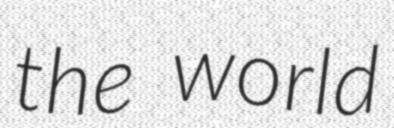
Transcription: the world